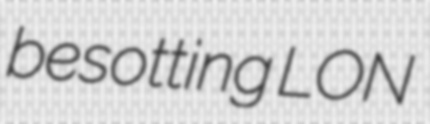
besotting LON